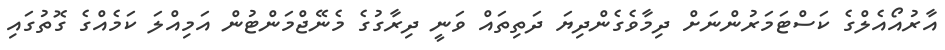
އާރުއޯއެލްގެ ކަސްޓަމަރުންނަށް ދިމާވެގެންދިޔަ ދަތިތައް ވަނީ ދިރާގުގެ މެނޭޖްމަންޓުން އަމިއްލަ ކަމެއްގެ ގޮތުގައި